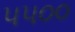
૫૫૦૦